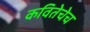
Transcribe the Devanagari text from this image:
कवितेचेच